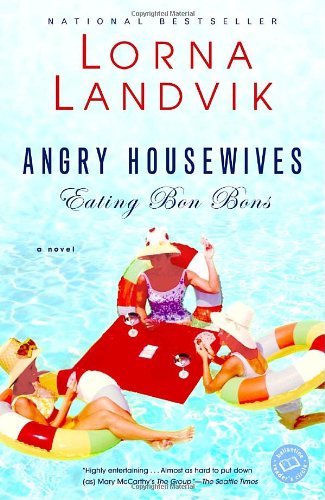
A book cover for Angry Housewives Eating Bon Bons (Ballantine Reader's Circle); Lorna Landvik; Humor & Entertainment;